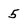
Character: 5